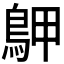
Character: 𪀌